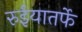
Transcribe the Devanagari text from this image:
रुईयातर्फे